Leningradi_Edasi_toimetus, lk 117
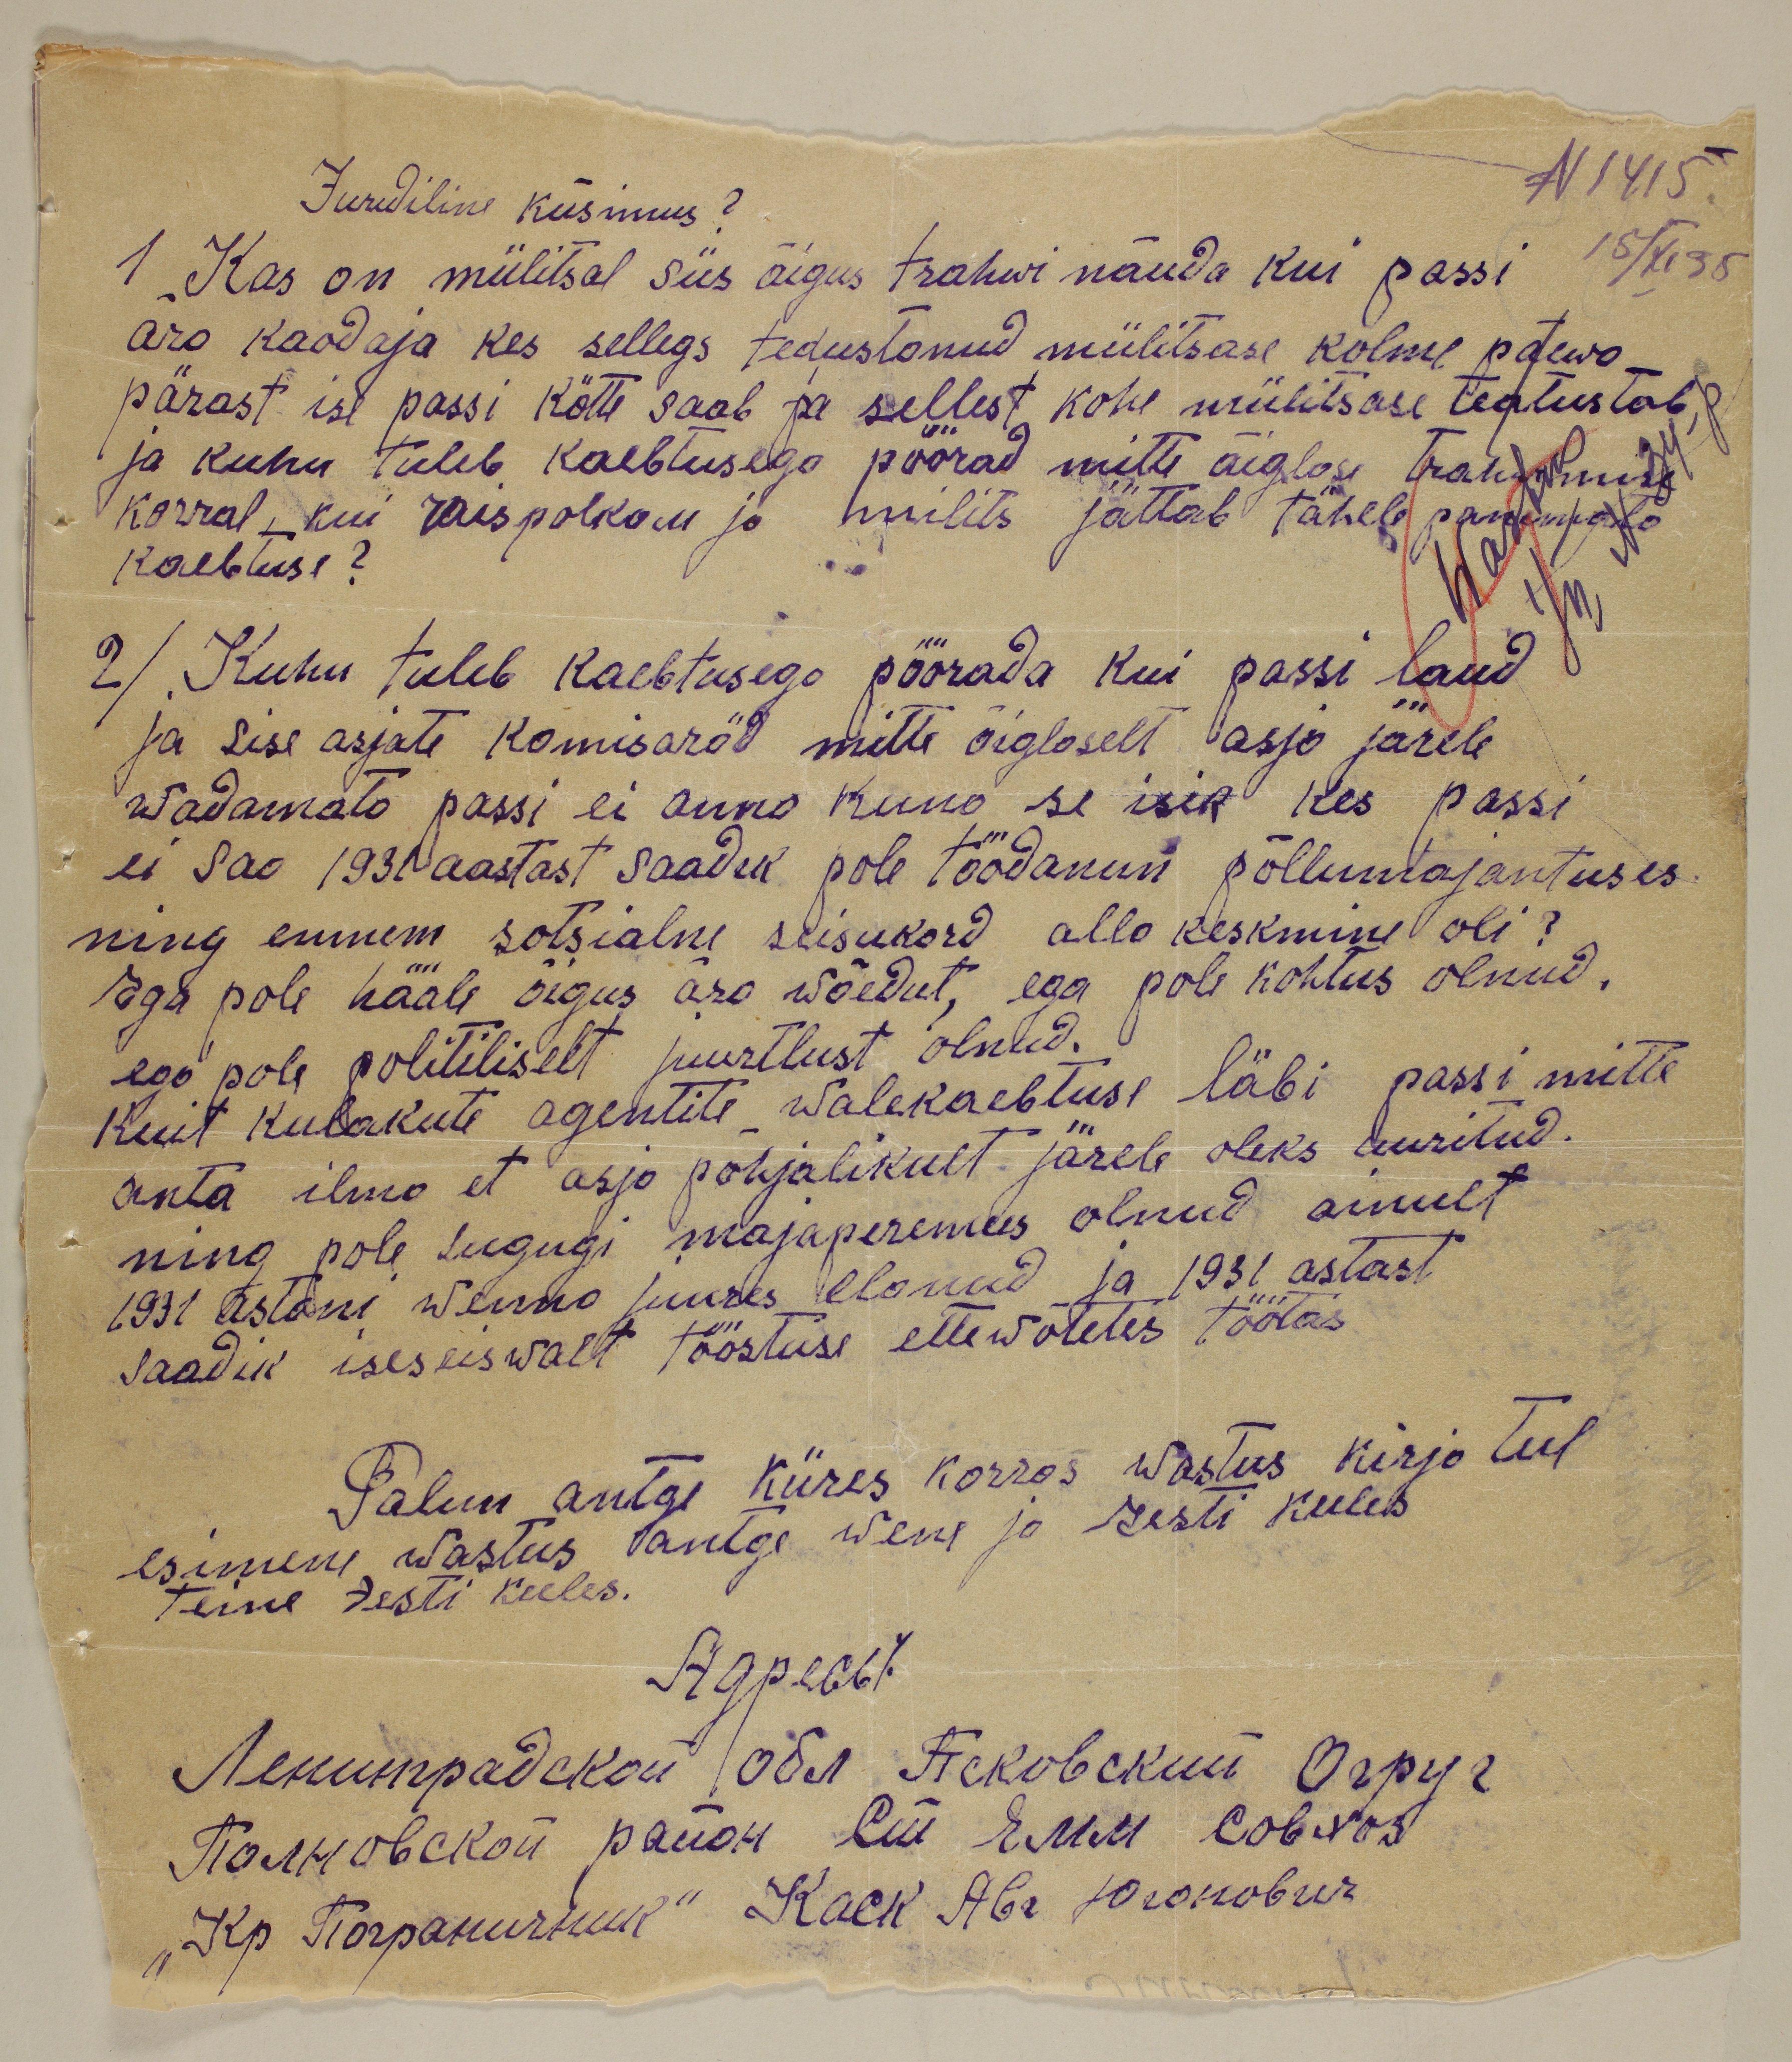
N 1415.
15/XI 35
Juriidiline küsimus?
1 Kas on miilitsal siis õigus trahwi nõuda kui passi
ära kaodaja kes sellegs tedustanud miilitsase kolme päewa-
pärast ise passi kätte saab ja sellest kohe miilitsase teatustab,
ja kuhu tuleb kaebtusega pöörad mitte õiglase trahvimise
korral, kui raispolkom ja milits jättab tähele pannemata
kaebtuse?
2/ Kuhu tuleb kaebtusega pöörada kui passi laud
ja sise asjate komisaräd mitte õiglaselt asjo järele
wadamata passi ei anna kuni se isik kes passi
ei saa 1931 aastast saadik pole töödanun põllumajantuses
ning ennem sotsialne seisukord alla keskmine oli?
aga pole hääle õigus ära wõedut, ega pole kohtus olnud.
kuit kulakute agentite walekaebtuse läbi passi mitte
ega pole politiliselt juurtlust olnud.
anta ilmo et asjo põhjalikult järele oleks uuritud.
ning pole sugugi majaperemees olnud ainult
1931 astani wenna juures elanud ja 1931 astast
saadik iseseiswalt tööstuse ettewõtetes töödas
Palun antge kiires korras wastus kirja teel
esimene wastus antge wene ja Eesti keeles
Teine Eesti keeles.